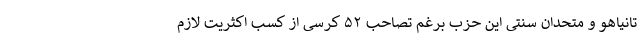
تانیاهو و متحدان سنتی این حزب برغم تصاحب ۵۲ کرسی از کسب اکثریت لازم